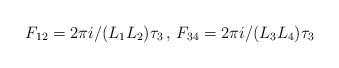
LaTeX: \begin{align*}F_{1 2}=2 \pi i / (L_1 L_2) \tau_3 \, , \, F_{3 4}=2 \pi i / (L_3 L_4) \tau_3\end{align*}